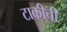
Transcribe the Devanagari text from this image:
टाकीची